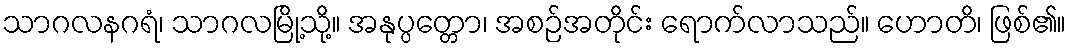
သာဂလနဂရံ၊ သာဂလမြို့သို့။ အနုပ္ပတ္တော၊ အစဉ်အတိုင်း ရောက်လာသည်။ ဟောတိ၊ ဖြစ်၏။